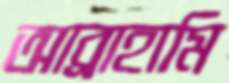
আব্রাহামি